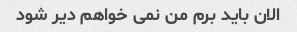
الان باید برم من نمی خواهم دیر شود